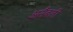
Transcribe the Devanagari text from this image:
असैंबली